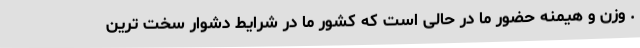
. وزن و هیمنه حضور ما در حالی است که کشور ما در شرایط دشوار سخت ترین